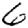
Digit: 6